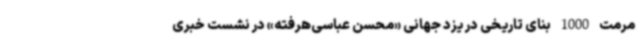
مرمت 1000 بنای تاریخی در یزد جهانی «محسن عباسی‌هرفته» در نشست خبری